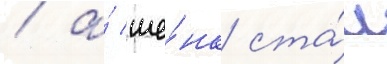
/ а́ ше́нк ста́л